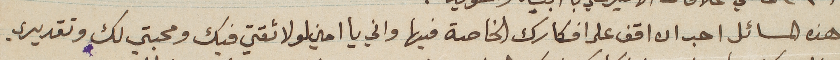
هذه المسائل احب ان اقف على افكارك الخاصة فيها واني يا امين لولا ثقتي فيك ومحبتي لك وتقديري